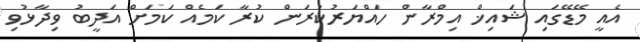
އެއީ މޭޑޭގައި ޝައިޚް އިމްރާން ހައްޔަރުކުރަން ކުރާ ކަމެއް ކަމަށް އަދީބު ވިދާޅުވި